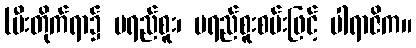
(မီးတိုက်ရာ၌ မရည်စူး၊ မရည်စူးစမ်းဖြင့် ပါရာဇိက။